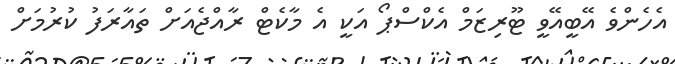
އެހެންވެ އޭބީއޭވީ ޓޫރިޒަމް އެކްސްޕޯ އަކީ އެ މާކެޓް ރާއްޖެއަށް ތައާރަފު ކުރުމަށް